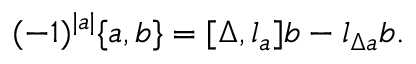
( - 1 ) ^ { | a | } \{ a , b \} = { [ \Delta , l _ { a } ] } b - l _ { \Delta a } b .